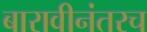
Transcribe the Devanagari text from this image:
बारावीनंतरच